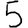
Digit: 5